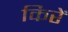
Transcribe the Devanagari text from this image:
किरें